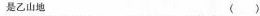
是乙山地( )